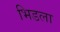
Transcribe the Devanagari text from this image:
भिडला